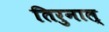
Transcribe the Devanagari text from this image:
तिरुनाल्